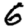
Digit: 6